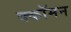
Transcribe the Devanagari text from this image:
क्कॉमन